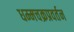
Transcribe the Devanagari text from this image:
धम्मचक्रप्रवर्तन